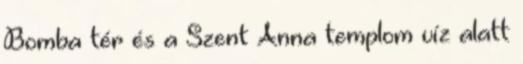
Bomba tér és a Szent Anna templom víz alatt